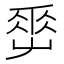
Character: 𡴤